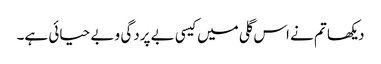
دیکھا تم نے اس گلی میں کیسی بے پردگی و بے حیائی ہے۔